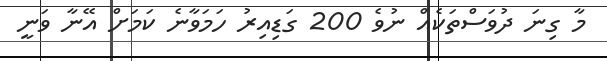
މާ ގިނަ ދުވަސްތަކެއް ނުވެ 200 ގަޑިއިރު ހަމަވާނެ ކަމަށް އޭނާ ވަނީ